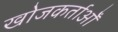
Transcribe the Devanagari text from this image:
खोजकर्ताओँ